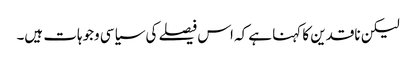
لیکن ناقدین کا کہنا ہے کہ اس فیصلے کی سیاسی وجوہات ہیں۔